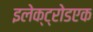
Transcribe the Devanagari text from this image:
इलेक्ट्रोडएक